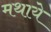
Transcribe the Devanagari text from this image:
मथाये